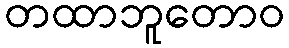
တထာဘူတောဝ